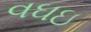
વઘઇ